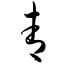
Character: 青